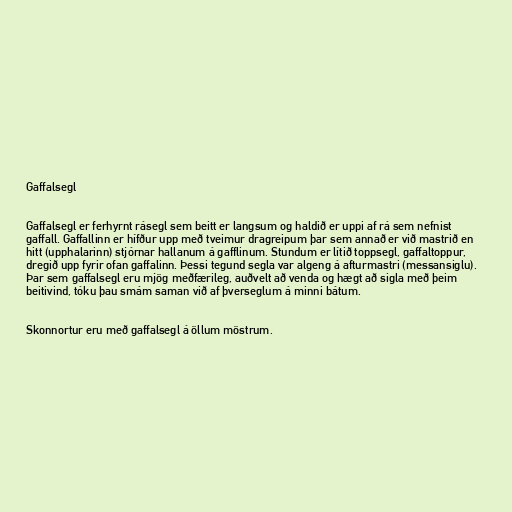
Gaffalsegl

Gaffalsegl er ferhyrnt rásegl sem beitt er langsum og haldið er uppi af rá sem nefnist
gaffall. Gaffallinn er hífður upp með tveimur dragreipum þar sem annað er við mastrið en
hitt (upphalarinn) stjórnar hallanum á gafflinum. Stundum er lítið toppsegl, gaffaltoppur,
dregið upp fyrir ofan gaffalinn. Þessi tegund segla var algeng á afturmastri (messansiglu).
Þar sem gaffalsegl eru mjög meðfærileg, auðvelt að venda og hægt að sigla með þeim
beitivind, tóku þau smám saman við af þverseglum á minni bátum.

Skonnortur eru með gaffalsegl á öllum möstrum.